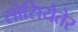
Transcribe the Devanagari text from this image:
सोसियेतेर